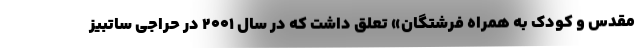
مقدس و کودک به همراه فرشتگان» تعلق داشت که در سال ۲۰۰۱ در حراجی ساتبیز